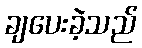
ချပေးခဲ့သည်